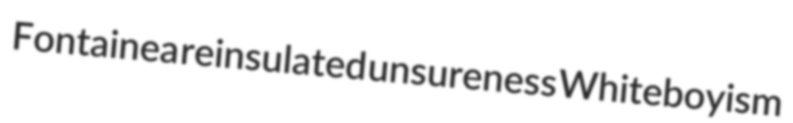
Fontainea reinsulated unsureness Whiteboyism